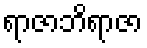
ရာဇာဘိရာဇာ